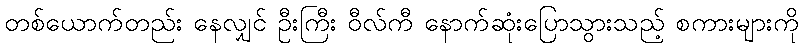
တစ်ယောက်တည်း နေလျှင် ဦးကြီး ဝီလ်ကီ နောက်ဆုံးပြောသွားသည့် စကားများကို